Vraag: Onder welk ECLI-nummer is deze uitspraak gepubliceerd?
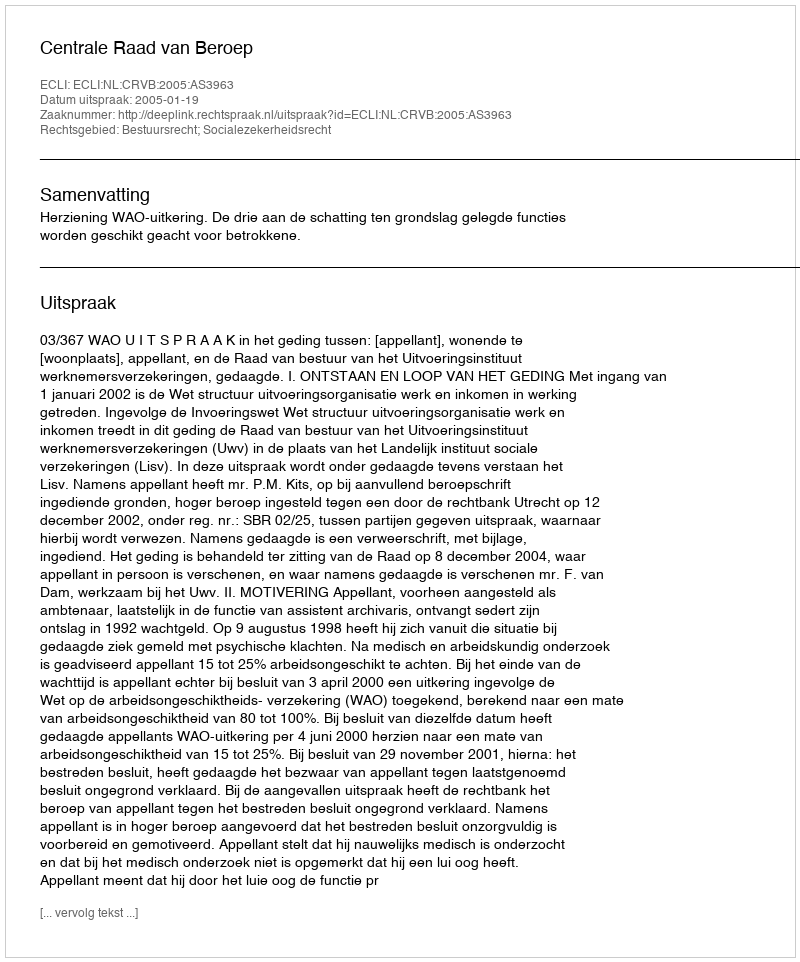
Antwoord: ECLI:NL:CRVB:2005:AS3963